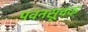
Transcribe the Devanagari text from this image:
पवनसूचक